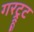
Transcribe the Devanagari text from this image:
गरट्रूट